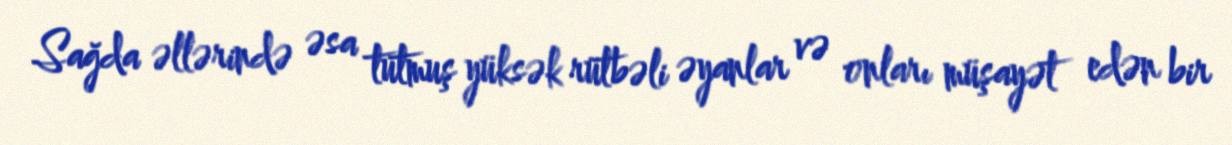
Sağda əllərində əsa tutmuş yüksək rütbəli əyanlar və onları müşayət edən bir